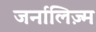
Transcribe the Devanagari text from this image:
जर्नालिज़्म